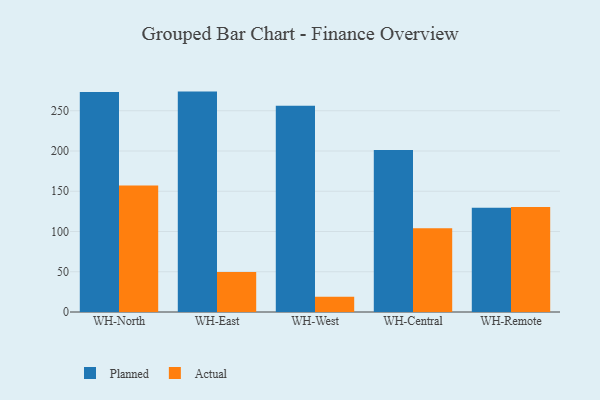
{"axis": {"x": "Warehouse", "y": "Customer Acquisition Cost (USD)"}, "legend": ["Actual", "Planned"], "data": [{"x": "WH-North", "y": 273.4, "type": "Planned"}, {"x": "WH-North", "y": 157.2, "type": "Actual"}, {"x": "WH-East", "y": 273.8, "type": "Planned"}, {"x": "WH-East", "y": 49.6, "type": "Actual"}, {"x": "WH-West", "y": 256.2, "type": "Planned"}, {"x": "WH-West", "y": 19.0, "type": "Actual"}, {"x": "WH-Central", "y": 201.4, "type": "Planned"}, {"x": "WH-Central", "y": 104.0, "type": "Actual"}, {"x": "WH-Remote", "y": 129.4, "type": "Planned"}, {"x": "WH-Remote", "y": 130.3, "type": "Actual"}]}